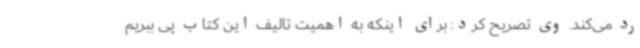
رد می‌کند. وی تصریح کرد: برای اینکه به اهمیت تالیف این کتاب پی ببریم